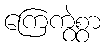
ကြေကွဲစွာ